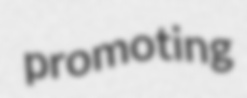
promoting